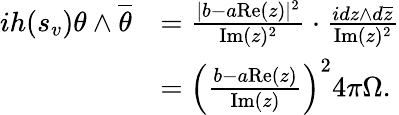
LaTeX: \begin{array}{rl}{ih(s_{v})\theta\wedge\overline{{\theta}}}&{=\frac{|b-a\mathrm{Re}(z)|^{2}}{\mathrm{Im}(z)^{2}}\cdot\frac{idz\wedge d\overline{{z}}}{\mathrm{Im}(z)^{2}}}\\ &{=\left(\frac{b-a\mathrm{Re}(z)}{\mathrm{Im}(z)}\right)^{2}4\pi\Omega.}\end{array}